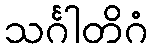
သင်္ဂါတိဂံ